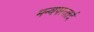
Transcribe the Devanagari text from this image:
मन्वपस्ततर्द